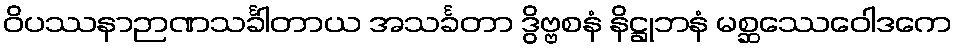
ဝိပဿနာဉာဏသင်္ခါတာယ အသင်္ခတာ ဒွိဗ္ဗစနံ နိဋ္ဌုဘနံ မစ္ဆဿေဝေါဒကေ